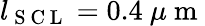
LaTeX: l_{\mathrm{~S~C~L~}}=0.4\ \mu\mathrm{~m~}